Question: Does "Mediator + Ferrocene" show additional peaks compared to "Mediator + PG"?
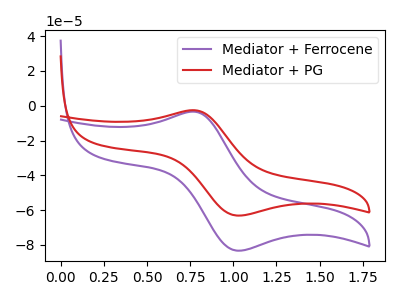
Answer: <think>The purple curve "Mediator + Ferrocene" has an anodic peak at (0.75V, -3.40uA) and a cathodic peak at (1.00V, -83.30uA). The red curve "Mediator + PG" has an anodic peak at (0.75V, -2.60uA) and a cathodic peak at (1.00V, -63.10uA).
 All the peaks in "Mediator + Ferrocene" have a peak in "Mediator + PG" at the same potential.</think>
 <answer>No, "Mediator + Ferrocene" and "Mediator + PG" don't appear to be significantly different in shape</answer>
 <eval>no_change</eval>